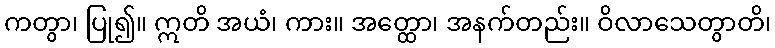
ကတွာ၊ ပြု၍။ ဣတိ အယံ၊ ကား။ အတ္ထော၊ အနက်တည်း။ ဝိလာသေတွာတိ၊